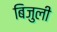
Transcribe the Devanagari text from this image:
बिजुली